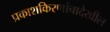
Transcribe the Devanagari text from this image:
प्रकाशकिरणांचादेखील